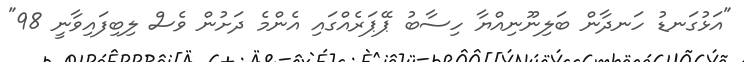
"އަޅުގަނޑު ހަނދާން ބަލިނޫނިއްޔާ ހިސާބު ޕޭޕަރެއްގައި އެންމެ ދަށުން ވެސް ލިބިފައިވާނީ 98"